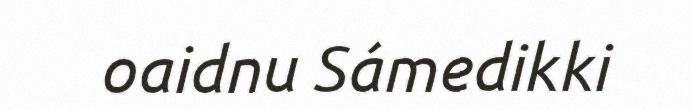
oaidnu Sámedikki